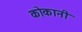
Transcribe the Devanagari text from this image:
कोकानी